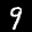
Label: 9